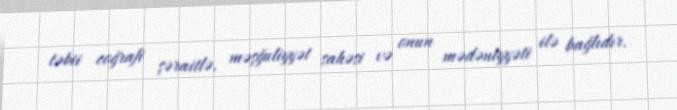
təbii coğrafi şəraitlə, məşğuliyyət sahəsi və onun mədəniyyəti ilə bağlıdır.